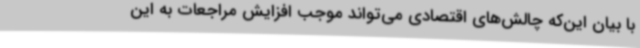
با بیان این‌که چالش‌های اقتصادی می‌تواند موجب افزایش مراجعات به این